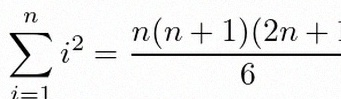
\sum_{i=1}^{n}i^2=\frac{n(n+1)(2n+1)}6